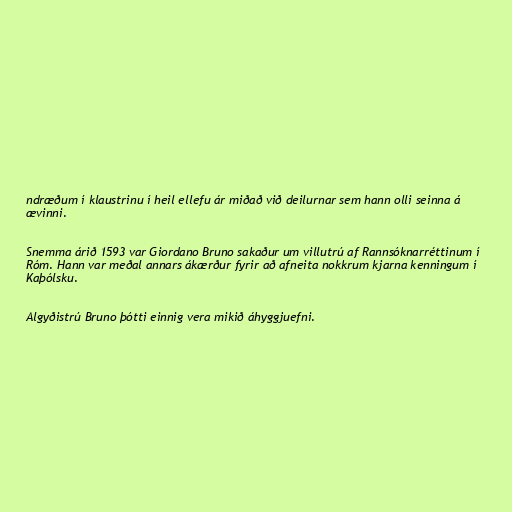
ndræðum í klaustrinu í heil ellefu ár miðað við deilurnar sem hann olli seinna á
ævinni.

Snemma árið 1593 var Giordano Bruno sakaður um villutrú af Rannsóknarréttinum í
Róm. Hann var meðal annars ákærður fyrir að afneita nokkrum kjarna kenningum í
Kaþólsku.

Algyðistrú Bruno þótti einnig vera mikið áhyggjuefni.